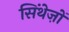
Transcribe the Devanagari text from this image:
सिंथेज़ों